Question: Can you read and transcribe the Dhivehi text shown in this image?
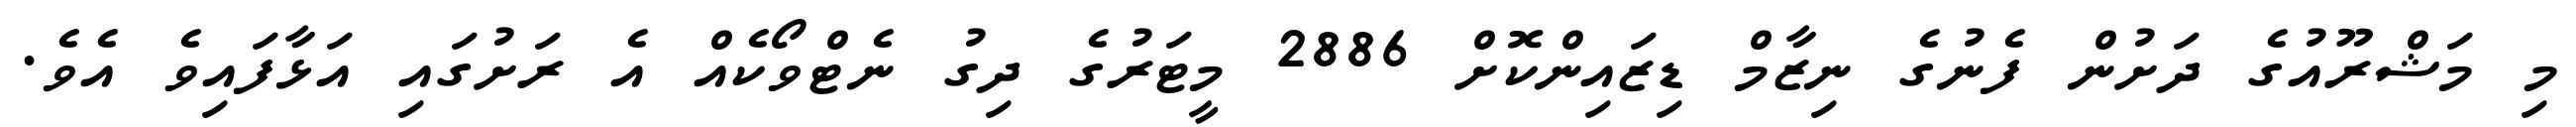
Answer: މި މަޝްރޫއުގެ ދަށުން ފެނުގެ ނިޒާމް ޑިޒައިންކޮށް 2886 މީޓަރުގެ ދިގު ނެޓްވޯކެއް އެ ރަށުގައި އަޅާފައިވެ އެވެ.